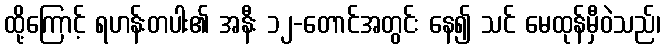
ထို့ကြောင့် ရဟန်းတပါး၏ အနီး ၁၂-တောင်အတွင်း နေ၍ သင် မေထုန်မှီဝဲသည်၊